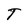
Character: T